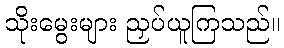
သိုးမွေးများ ညှပ်ယူကြသည်။